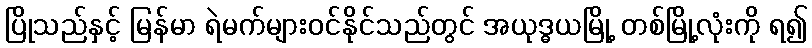
ပြိုသည်နှင့် မြန်မာ ရဲမက်များဝင်နိုင်သည်တွင် အယုဒ္ဓယမြို့ တစ်မြို့လုံးကို ရ၍